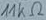
Text: 11KΩ